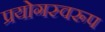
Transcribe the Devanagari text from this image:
प्रयोगस्वरूप